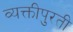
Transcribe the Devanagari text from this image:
व्यक्तीपुरती